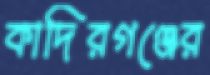
কাদিরগঞ্জের